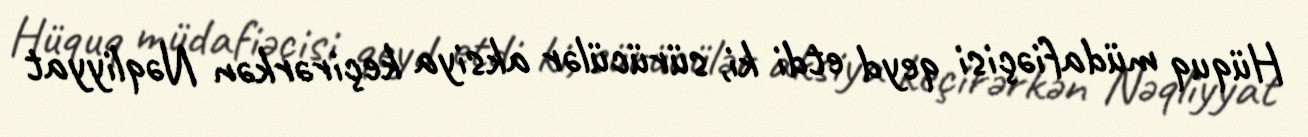
Hüquq müdafiəçisi qeyd etdi ki, sürücülər aksiya keçirərkən Nəqliyyat